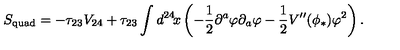
S _ { \mathrm { q u a d } } = - \tau _ { 2 3 } V _ { 2 4 } + \tau _ { 2 3 } \int d ^ { 2 4 } \! x \left( - \frac { 1 } { 2 } \partial ^ { a } \varphi \partial _ { a } \varphi - \frac { 1 } { 2 } V ^ { \prime \prime } ( \phi _ { * } ) \varphi ^ { 2 } \right) .